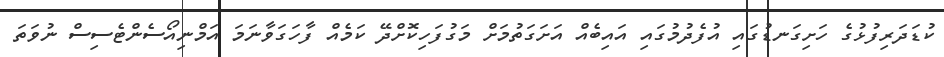
ކުޑަދަރިފުޅުގެ ހަށިގަނޑުގައި އުފެދުމުގައި އައިބެއް އަށަގަތުމަށް މަގުފަހިކޮށްދޭ ކަމެއް ފާހަގަވާނަމަ އަމްނިއޯސެންޓެސިސް ނުވަތަ